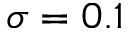
\sigma = 0 . 1